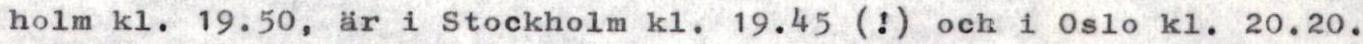
holm kl. 19.50, är i Stockholm kl.19.45 (!) och i 0slo kl.20.20.